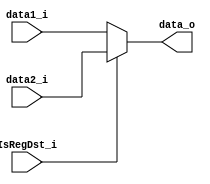
 module mux3(
	data1_i,//RT
	data2_i,//RD
	IsRegDst_i,
	data_o
);

input [4:0]		data1_i;
input [4:0]		data2_i;
input			IsRegDst_i;
output reg	[4:0]	data_o;

always@(*)begin
	if(IsRegDst_i)
		data_o = data2_i;
	else
		data_o = data1_i;
end

endmodule